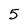
Character: 5